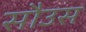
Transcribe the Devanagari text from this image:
सौउस